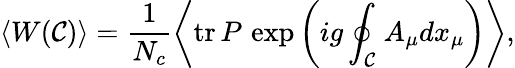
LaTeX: \left<W(\mathcal{C})\right>=\frac{{1}}{{N_{c}}}\left<\mathrm{{tr}}{\, }P{\, }\exp\left(ig\oint_{\mathcal{C}}^{}A_{\mu}dx_{\mu}\right)\right>,